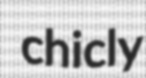
chicly